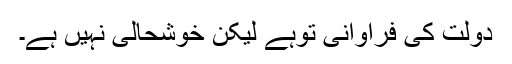
دولت کی فراوانی توہے لیکن خوشحالی نہیں ہے۔